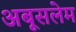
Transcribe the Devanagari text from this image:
अबूसलेम